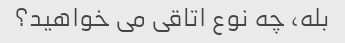
بله، چه نوع اتاقی می خواهید؟